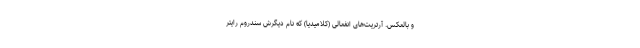
و بالعکس. آرتریت‌های انفعالی (کلامیدیا) که نام دیگرش سندروم رایتر